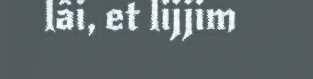
lâi, et lijjim